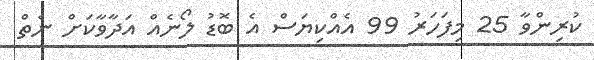
ކުރިންވާ 25 މިފަހަރު 99 އެއްކިޔަސް އެ ބޮޑު ލޯނެއް އަދާވާކަށް ނެތް